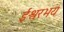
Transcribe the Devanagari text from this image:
ईश्वरभय